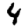
Digit: 4